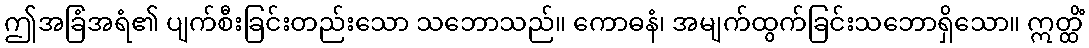
ဤအခြံအရံ၏ ပျက်စီးခြင်းတည်းသော သဘောသည်။ ကောဓနံ၊ အမျက်ထွက်ခြင်းသဘောရှိသော။ ဣတ္ထိံ